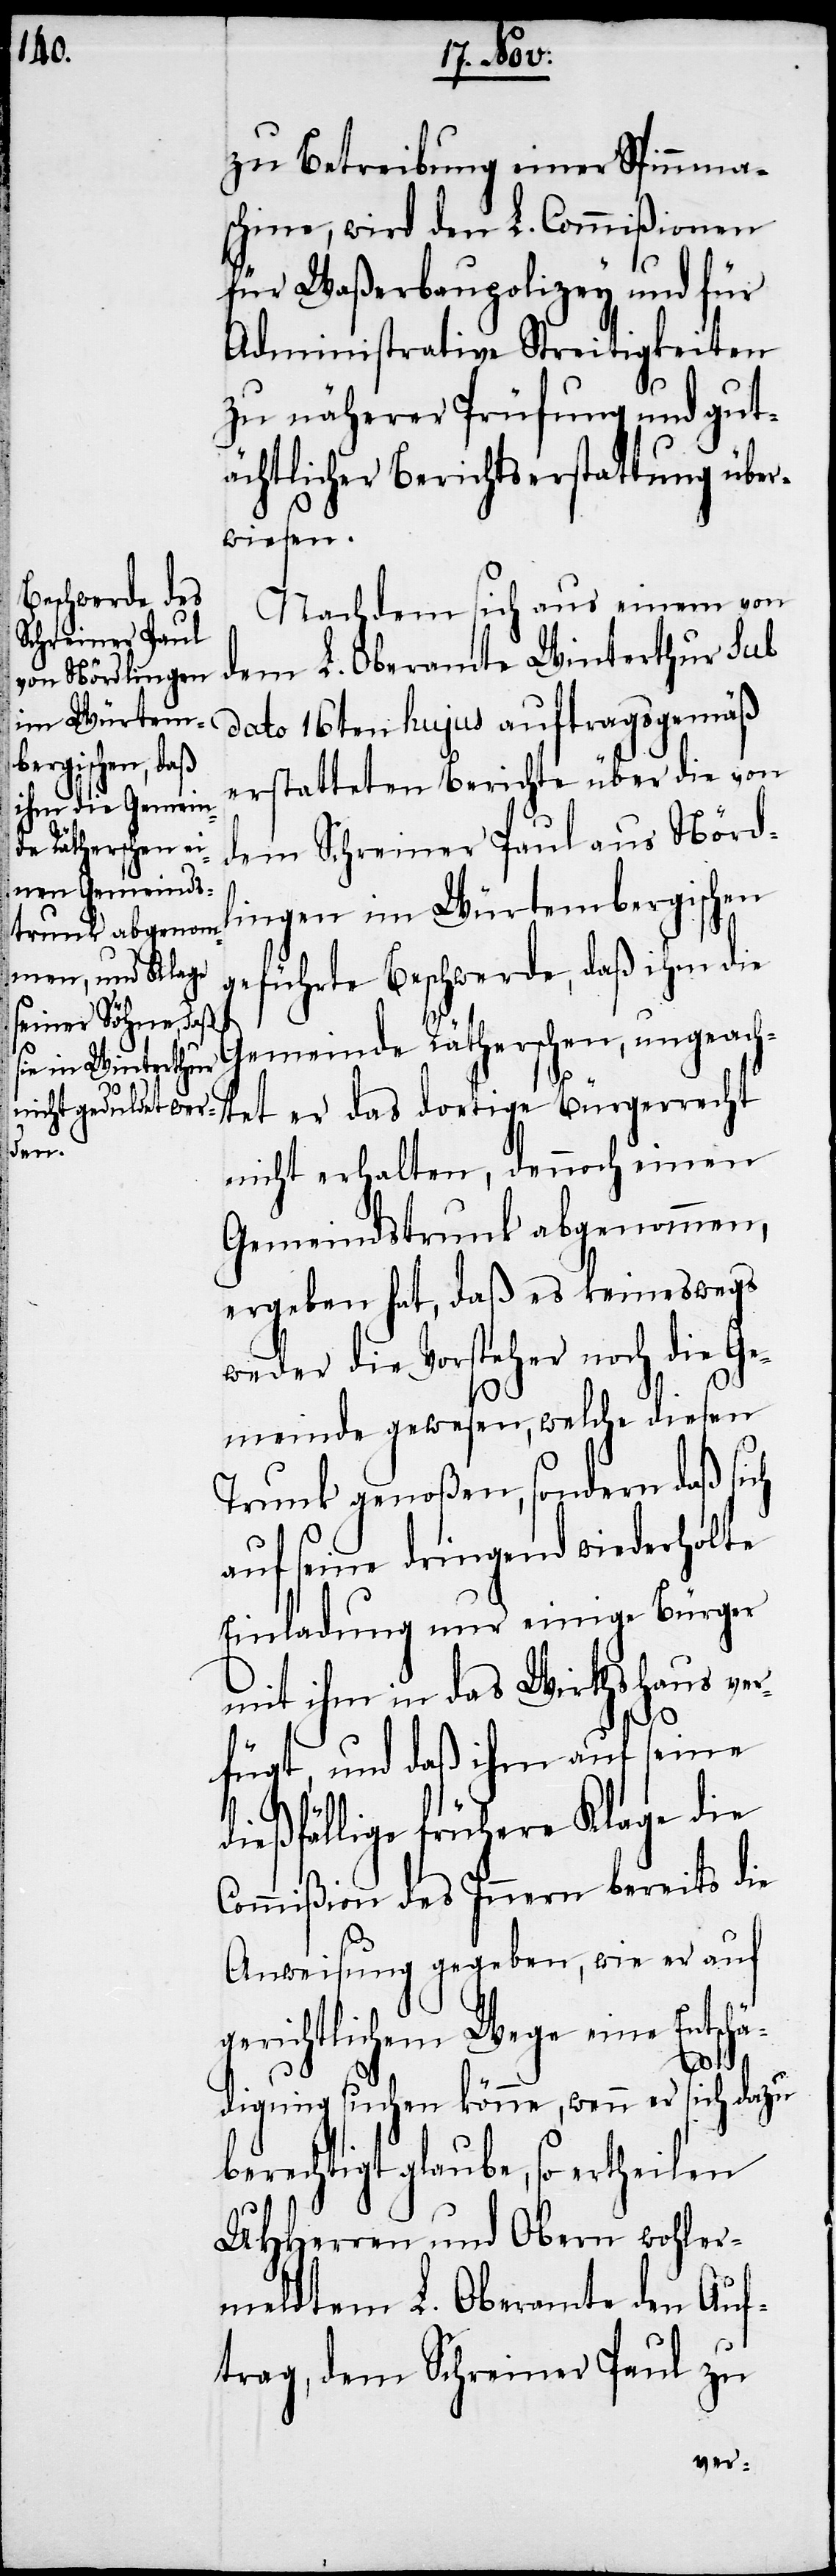
zu Betreibung einer Spinnma¬
schine, wird den L. Commißionen
für Waßerbaupolizey und für
Administrative Streitigkeiten
zu näherer Prüfung und gut¬
ächtlicher Berichtserstattung über¬
wiesen.
Nachdem sich aus einem von
dem L. Oberamte Winterthur sub
dato 16ten hujus auftragsgemäß
erstatteten Berichte über die von
dem Schreiner Paul aus Nördl¬
ingen im Würtembergischen
geführte Beschwerde, daß ihm die
Gemeinde Rätherschen, ungeach¬
tet er das dortige Bürgerrecht
nicht erhalten, dennoch einen
Gemeindstrunk abgenommen,
ergeben hat, daß es keineswegs
weder die Vorsteher noch die Ge¬
meinde gewesen, welche diesen
Trunk genoßen, sondern daß sich
auf seine dringend wiederholte
Einladung nur einige Bürger
mit ihm in das Wirthshaus ver¬
fügt, und daß ihm auf seine
dießfällige frühere Klage die
Commißion des Innern bereits die
Anweisung gegeben, wie er auf
gerichtlichem Wege eine Entschä¬
digung suchen könne, wenn er sich dazu
berechtigt glaube, so ertheilen
UHHerren und Obern wohler¬
meldtem L. Oberamte den Auf¬
trag, dem Schreiner Paul zu